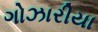
ગોઝારીયા